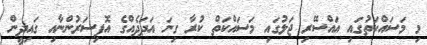
މި މަސައްކަތުގައި އައްސޭރި ޖަލުގައި މަސައްކަތް ކުރާ ގިނަ އަދަދެއްގެ އޮފިސަރުންނާއި ގައިދީން